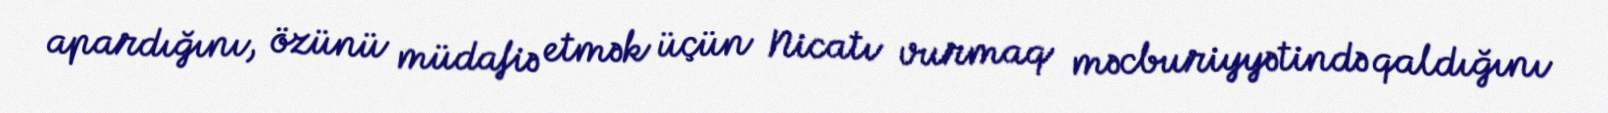
apardığını, özünü müdafiə etmək üçün Nicatı vurmaq məcburiyyətində qaldığını